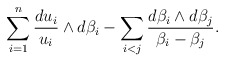
\begin{align*}\sum_{i=1}^n \frac{du_i}{u_i}\wedge d\beta_i-\sum_{i<j}\frac{d\beta_i\wedge d\beta_j}{\beta_i-\beta_j} .\end{align*}